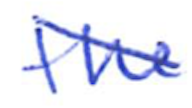
Text: the
Cross-out: diagonal
Writing tool: ballpoint